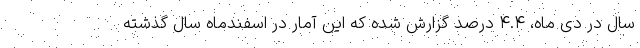
سال در دی ماه، ۴.۴ درصد گزارش شده که این آمار در اسفندماه سال گذشته